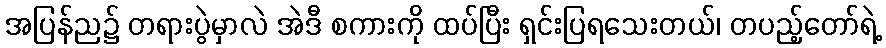
အပြန်ည၌ တရားပွဲမှာလဲ အဲဒီ စကားကို ထပ်ပြီး ရှင်းပြရသေးတယ်၊ တပည့်တော်ရဲ့